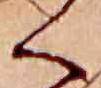
く